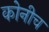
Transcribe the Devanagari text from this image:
कोनीच